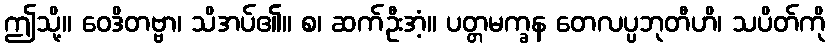
ဤသို့။ ဝေဒိတဗ္ဗာ၊ သိအပ်၏။ စ၊ ဆက်ဦးအံ့။ ပတ္တမက္ခန တေလပ္ပဘုတီဟိ၊ သပိတ်ကို